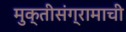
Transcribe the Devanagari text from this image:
मुक्तीसंग्रामाची